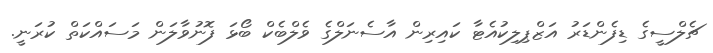
ޗެލްސީގެ ޑިފެންޑަރު އަޒްޕިލިކުއެޓާ ކައިރިން އާސެނަލްގެ ވެލްބެކް ބޯޅަ ފޮނުވާލަން މަސައްކަތް ކުރަނީ.